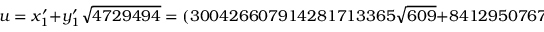
u = x _ { 1 } ^ { \prime } + y _ { 1 } ^ { \prime } { \sqrt { 4 7 2 9 4 9 4 } } = ( 3 0 0 4 2 6 6 0 7 9 1 4 2 8 1 7 1 3 3 6 5 { \sqrt { 6 0 9 } } + 8 4 1 2 9 5 0 7 6 7 7 8 5 8 3 9 3 2 5 8 { \sqrt { 7 7 6 6 } } ) ^ { 2 }